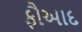
ફૌઆદ